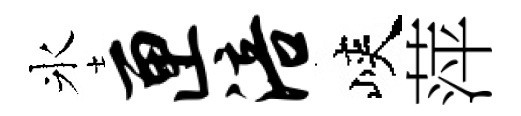
氷匣涪峽萍